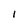
Character: 1